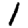
Digit: 1